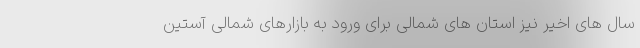
سال های اخیر نیز استان های شمالی برای ورود به بازارهای شمالی آستین